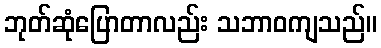
ဘုတ်ဆုံပြောတာလည်း သဘာဝကျသည်။